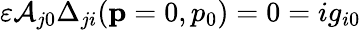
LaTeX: \varepsilon\mathcal{A}_{j0}\Delta_{ji}(\mathbf{{p}}=0,p_{0})=0=ig_{i0}